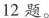
12题。